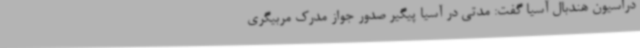
دراسیون هندبال آسیا گفت: مدتی در آسیا پیگیر صدور جواز مدرک مربیگری